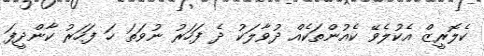
ކެލޮރީޒް އެކުލެވޭ ކެއުންތަކެއް ދުވާލަކު ދެ ފަހަރު ނުވަތަ ހަ ފަހަރު ކާންދީފަ